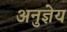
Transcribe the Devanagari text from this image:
अनुज्ञेय